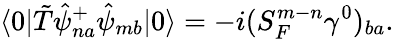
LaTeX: \langle 0|\tilde{T}\hat{\psi}_{na}^{+}\hat{\psi}_{mb}|0\rangle=-i(S_{F\; }^{m-n}\gamma^{0})_{ba}.